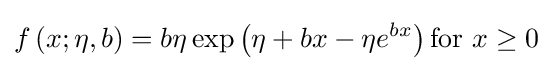
f\left(x;\eta ,b\right)=b\eta \exp \left(\eta +bx-\eta e^{bx}\right){\text{for }}x\geq 0